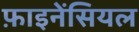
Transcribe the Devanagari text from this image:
फ़ाइनेंसियल